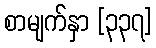
စာမျက်နှာ [၃၃၇]